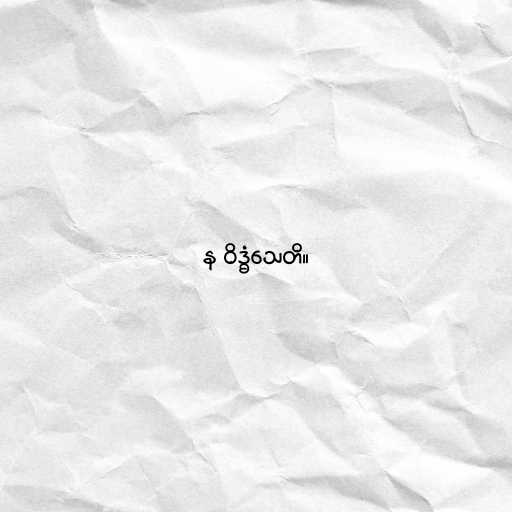
န ဝိဒ္ဓံသေတိ။